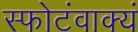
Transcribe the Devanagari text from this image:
स्फोटंवाक्यं